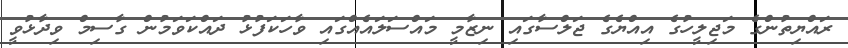
ރައްޔިތުންގެ މަޖިލީހުގެ އިއްޔެގެ ޖަލްސާގައި ނިޒާމީ މައްސަލައެއްގައި ވާހަަކަފުޅު ދައްކަވަމުން ގާސިމް ވިދާޅުވީ